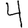
Digit: 4